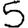
Digit: 5